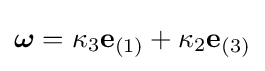
{\boldsymbol {\omega }}=\kappa _{3}\mathbf {e} _{(1)}+\kappa _{2}\mathbf {e} _{(3)}